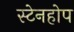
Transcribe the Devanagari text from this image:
स्टेनहोप